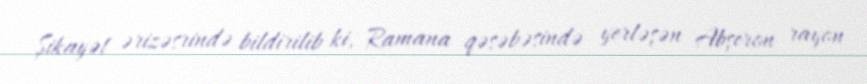
Şikayət ərizəsrində bildirilib ki, Ramana qəsəbəsində yerləşən Abşeron rayon